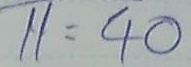
11 = 40